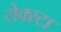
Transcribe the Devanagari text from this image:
सेक्स्टा